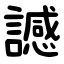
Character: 䜗